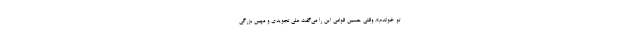
تو خواندم». وقتی حسین قوامی این را می‌گفت علی تجویدی و مهین بزرگی